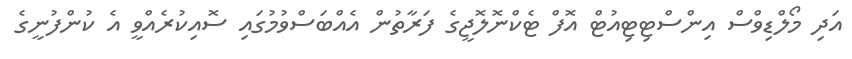
އަދި މޯލްޑިވްސް އިންސްޓިޓިއުޓް އޮފް ޓެކްނޮލޮޖީގެ ފަރާތުން އެއްބަސްވުމުގައި ސޮއިކުރެއްވީ އެ ކުންފުނީގެ